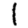
Digit: 1